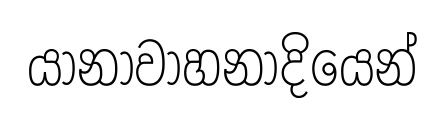
යානාවාහනාදියෙන්